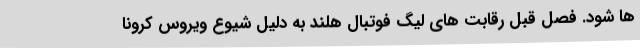
ها شود. فصل قبل رقابت های لیگ فوتبال هلند به دلیل شیوع ویروس کرونا